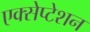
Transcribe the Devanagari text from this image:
एक्सेप्टेशन